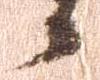
候